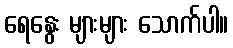
ရေနွေး များများ သောက်ပါ။